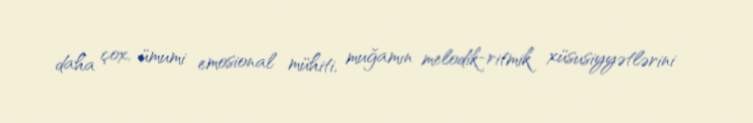
daha çox, ümumi emosional mühiti, muğamın melodik-ritmik xüsusiyyətlərini